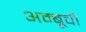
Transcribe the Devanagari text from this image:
अम्बूची